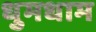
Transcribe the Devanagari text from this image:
धुमधाम